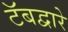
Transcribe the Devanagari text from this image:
टॅबद्वारे